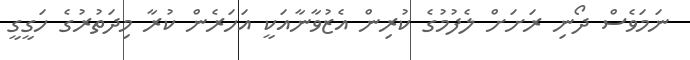
ނަމަވެސް ދޯނި ރަށަށް ލެފުމުގެ ކުރިން އެޒުވާނާއަކީ އަހަރެން ކުރާ މިދަތުރުގެ ހަގީގީ